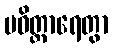
ပဝိတ္ထာရေတွာ